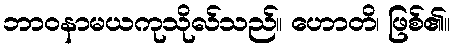
ဘာဝနာမယကုသိုလ်သည်။ ဟောတိ၊ ဖြစ်၏။